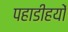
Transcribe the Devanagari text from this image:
पहाडीहयों